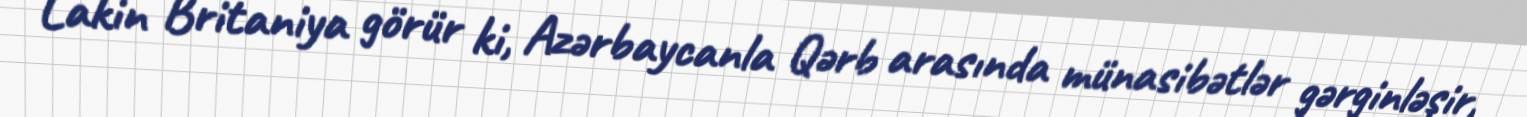
Lakin Britaniya görür ki, Azərbaycanla Qərb arasında münasibətlər gərginləşir,